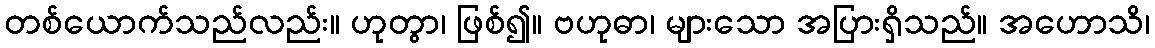
တစ်ယောက်သည်လည်း။ ဟုတွာ၊ ဖြစ်၍။ ဗဟုဓာ၊ များသော အပြားရှိသည်။ အဟောသိ၊